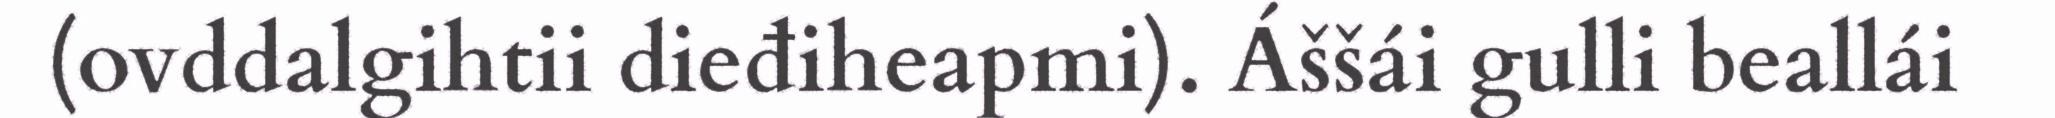
(ovddalgihtii dieđiheapmi). Áššái gulli beallái